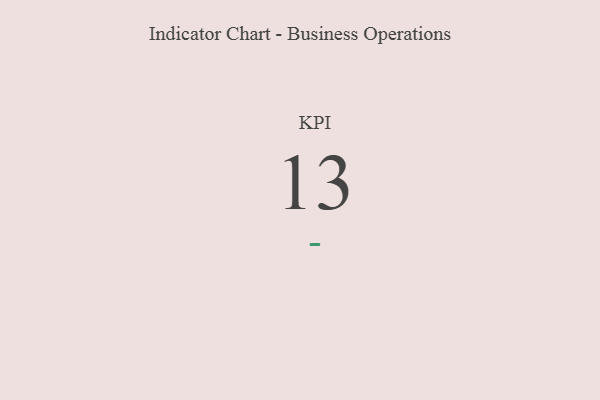
{"axis": {"x": "KPI", "y": "Value"}, "legend": [""], "data": [{"x": "KPI", "y": 13, "type": ""}]}